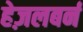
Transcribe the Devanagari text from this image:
हेज़लबर्न